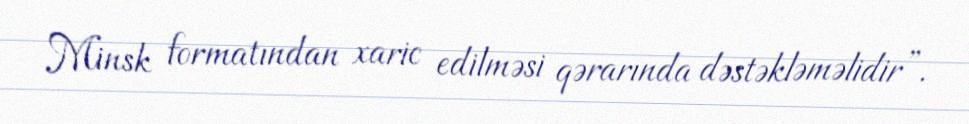
Minsk formatından xaric edilməsi qərarında dəstəkləməlidir”.